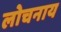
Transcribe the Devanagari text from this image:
लोचनाय